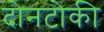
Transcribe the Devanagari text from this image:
दोनटोकी